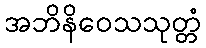
အဘိနိဝေသသုတ္တံ